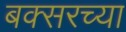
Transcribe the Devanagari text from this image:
बक्सरच्या